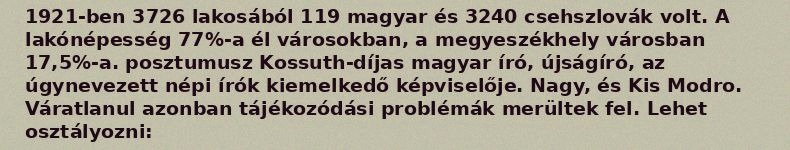
1921-ben 3726 lakosából 119 magyar és 3240 csehszlovák volt. A lakónépesség 77%-a él városokban, a megyeszékhely városban 17,5%-a. posztumusz Kossuth-díjas magyar író, újságíró, az úgynevezett népi írók kiemelkedő képviselője. Nagy, és Kis Modro. Váratlanul azonban tájékozódási problémák merültek fel. Lehet osztályozni: